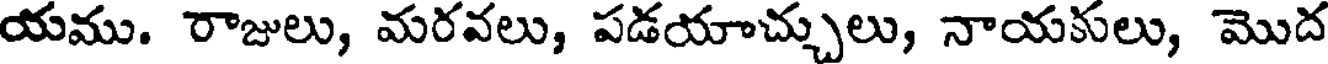
యము. రాజులు, మరవలు, పడయాచ్చులు, నాయకులు, మొద